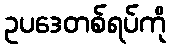
ဥပဒေတစ်ရပ်ကို